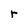
Character: r